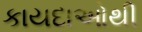
કાયદાઓથી